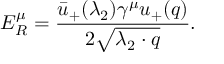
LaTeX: E _ { R } ^ { \mu } = { \frac { \bar { u } _ { + } ( \lambda _ { 2 } ) \gamma ^ { \mu } u _ { + } ( q ) } { 2 \sqrt { \lambda _ { 2 } \cdot q } } } .